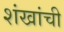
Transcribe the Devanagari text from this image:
शंखांची